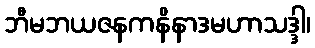
ဘီမဘယဇနကနိနာဒမဟာသဒ္ဒါ၊